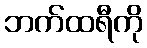
ဘက်ထရီကို